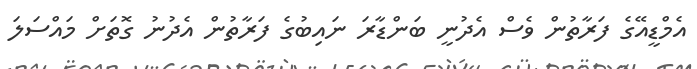
އެމްޑީއޭގެ ފަރާތުން ވެސް އެދުނީ ބަންޑާރަ ނައިބުގެ ފަރާތުން އެދުނު ގޮތަށް މައްސަލަ